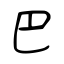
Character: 巴